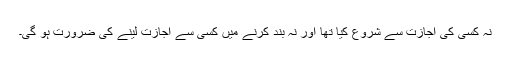
نہ کسی کی اجازت سے شروع کیا تھا اور نہ بند کرنے میں کسی سے اجازت لینے کی ضرورت ہو گی۔